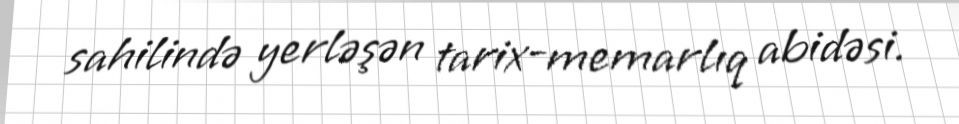
sahilində yerləşən tarix-memarlıq abidəsi.